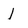
Character: l